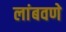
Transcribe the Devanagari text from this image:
लांबवणे